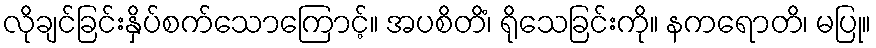
လိုချင်ခြင်းနှိပ်စက်သောကြောင့်။ အပစိတိံ၊ ရိုသေခြင်းကို။ နကရောတိ၊ မပြု။